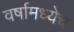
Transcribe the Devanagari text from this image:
वर्षामध्येच